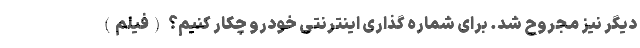
دیگر نیز مجروح شد. برای شماره گذاری اینترنتی خودرو چکار کنیم؟ (فیلم)